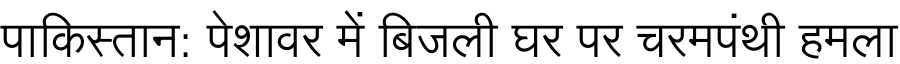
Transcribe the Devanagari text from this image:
पाकिस्तान: पेशावर में बिजली घर पर चरमपंथी हमला